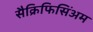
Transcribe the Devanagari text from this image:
सैक्रिफिसिंअम